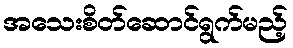
အသေးစိတ်ဆောင်ရွက်မည့်